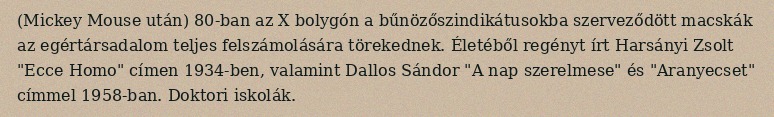
(Mickey Mouse után) 80-ban az X bolygón a bűnözőszindikátusokba szerveződött macskák az egértársadalom teljes felszámolására törekednek. Életéből regényt írt Harsányi Zsolt "Ecce Homo" címen 1934-ben, valamint Dallos Sándor "A nap szerelmese" és "Aranyecset" címmel 1958-ban. Doktori iskolák.